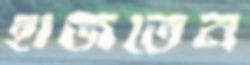
হাজতেন